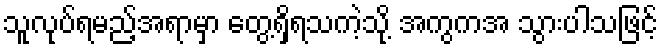
သူလုပ်ရမည့်အရာမှာ တွေ့ရှိရသကဲ့သို့ အကွကအ သွားပါသဖြင့်